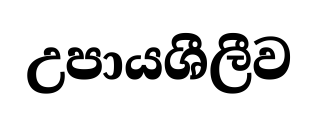
උපායශීලීව